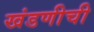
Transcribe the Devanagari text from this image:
खंडणीची